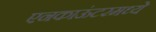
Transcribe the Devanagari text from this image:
एनकाऊंटरमध्ये